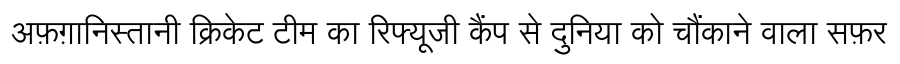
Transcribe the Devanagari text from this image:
अफ़ग़ानिस्तानी क्रिकेट टीम का रिफ्यूजी कैंप से दुनिया को चौंकाने वाला सफ़र